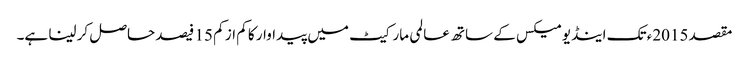
مقصد 2015ء تک اینڈیومیکس کے ساتھ عالمی مارکیٹ میں پیداوار کا کم از کم 15 فیصد حاصل کر لینا ہے۔